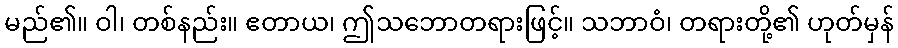
မည်၏။ ဝါ၊ တစ်နည်း။ ဧတာယ၊ ဤသဘောတရားဖြင့်။ သဘာဝံ၊ တရားတို့၏ ဟုတ်မှန်